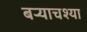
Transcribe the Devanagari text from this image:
बर्‍याचश्या